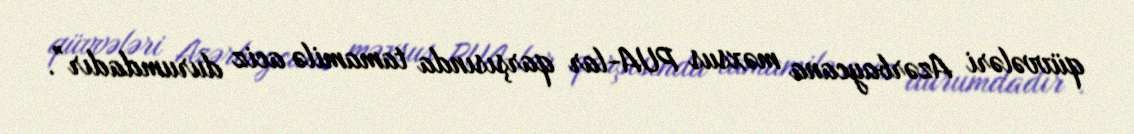
qüvvələri Azərbaycana məxsus PUA-lar qarşısında tamamilə aciz durumdadır”.